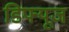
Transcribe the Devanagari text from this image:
डिफ्यूज